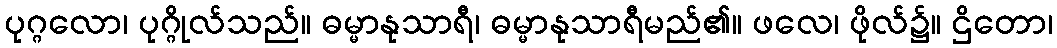
ပုဂ္ဂလော၊ ပုဂ္ဂိုလ်သည်။ ဓမ္မာနုသာရီ၊ ဓမ္မာနုသာရီမည်၏။ ဖလေ၊ ဖိုလ်၌။ ဌိတော၊